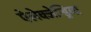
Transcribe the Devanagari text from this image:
ऐलेक्जेन्ड्रिया